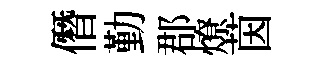
僭勤郡燎茵